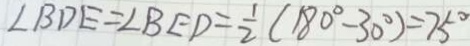
\angle B D E = \angle B E D = \frac { 1 } { 2 } ( 1 8 0 ^ { \circ } - 3 0 ^ { \circ } ) = 7 5 ^ { \circ }